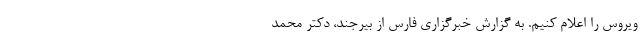
ویروس را اعلام کنیم. به گزارش خبرگزاری فارس از بیرجند، دکتر محمد